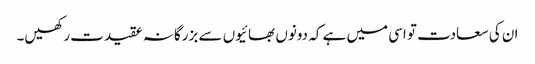
ان کی سعادت تو اسی میں ہے کہ دونوں بھائیوں سے بزرگانہ عقیدت رکھیں۔